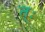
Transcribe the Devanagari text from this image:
त्ः